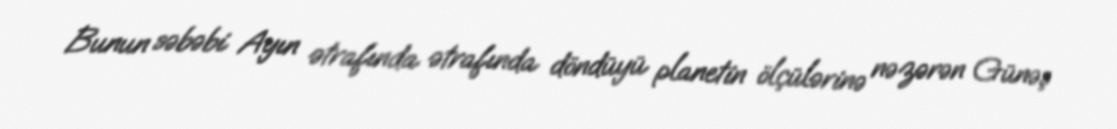
Bunun səbəbi Ayın ətrafında ətrafında döndüyü planetin ölçülərinə nəzərən Günəş